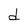
Character: d